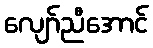
လျော်ညီအောင်